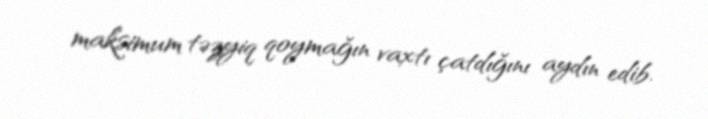
maksimum təzyiq qoymağın vaxtı çatdığını aydın edib.